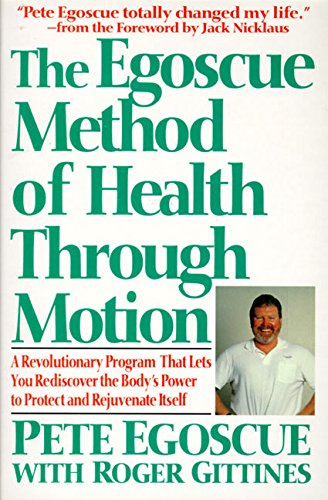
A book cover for The Egoscue Method of Health Through Motion: Revolutionary Program That Lets You Rediscover the Body's Power to Rejuvenate It; Pete Egoscue; Health, Fitness & Dieting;